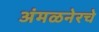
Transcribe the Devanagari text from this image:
अंमळनेरचे